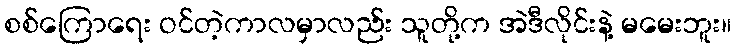
စစ်ကြောရေး ဝင်တဲ့ကာလမှာလည်း သူတို့က အဲဒီလိုင်းနဲ့ မမေးဘူး။